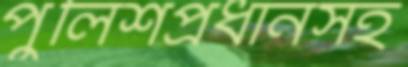
পুলিশপ্রধানসহ